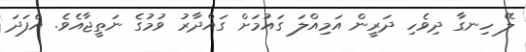
ލޭ ހިނގާ ދިވެހި ދަރީން އަމިއްލަ ގައުމަށް ގައްދާރު ވުމުގެ ނަތީޖާއެވެ. އެފަދަ